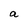
Character: a